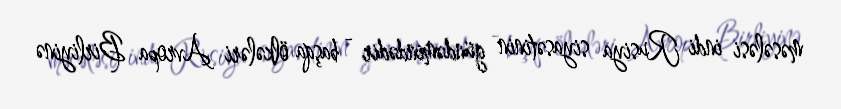
məsələsi indi Rusiya siyasətinin gündəmindədir - başqa ölkələri Avropa Birliyinə